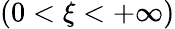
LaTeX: (0<\xi<+\infty)